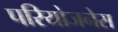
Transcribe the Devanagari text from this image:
परियोजनेस